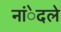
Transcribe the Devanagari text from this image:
नांेदले